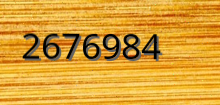
2676984